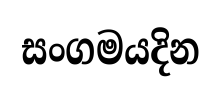
සංගමයදින